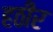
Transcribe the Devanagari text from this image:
हठीर